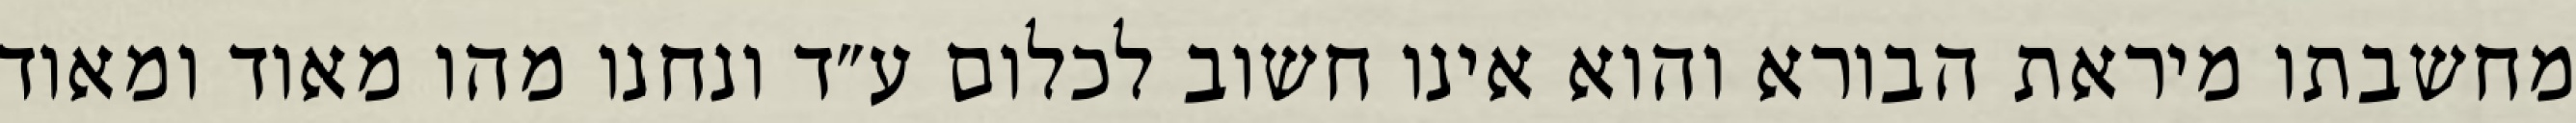
מחשבתו מיראת הבורא והוא אינו חשוב לכלום ע״ד ונחנו מהו מאוד ומאוד